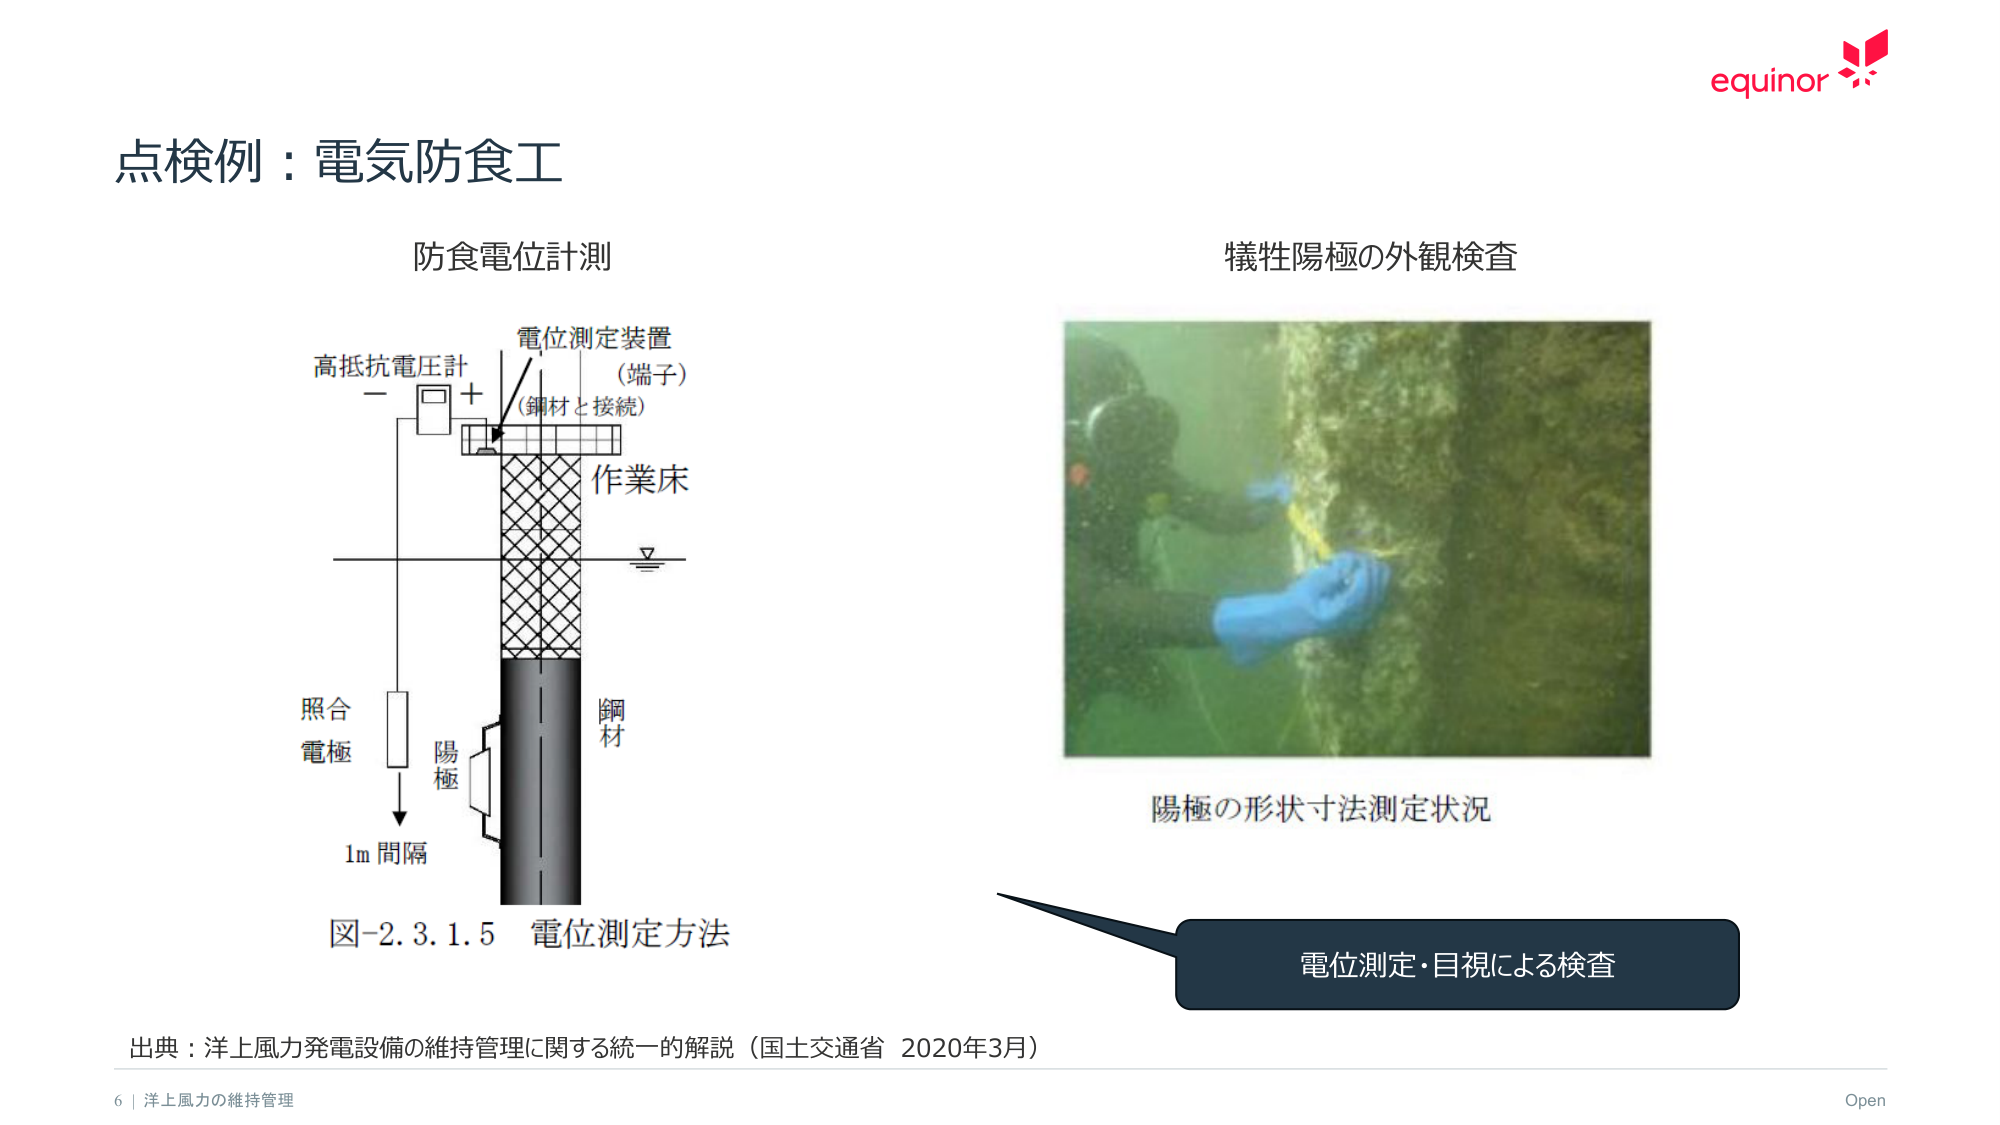
点検例：電気防食工

防食電位計測

高抵抗電圧計
－　□　＋
電位測定装置
（端子）
（鋼材と接続）
作業床
▽
照合
電極
陽極
鋼材
1m 間隔

図-2.3.1.5 電位測定方法

犠牲陽極の外観検査

陽極の形状寸法測定状況

電位測定・目視による検査

出典：洋上風力発電設備の維持管理に関する統一的解説（国土交通省 2020年3月）

6 | 洋上風力の維持管理

equinor

Open